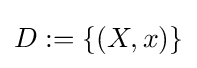
D:=\{(X,x)\}